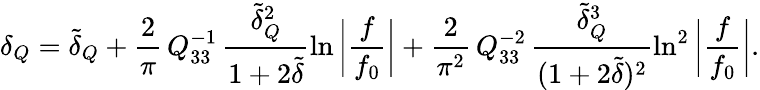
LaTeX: \delta_{Q}=\tilde{\delta}_{Q}+\frac{2}{\pi}\, Q_{33}^{-1}\, \frac{\tilde{\delta}_{Q}^{2}}{1+2\tilde{\delta}}\ln{\bigg|\frac{f}{f_{0}}\bigg|}+\frac{2}{\pi^{2}}\, Q_{33}^{-2}\, \frac{\tilde{\delta}_{Q}^{3}}{(1+2\tilde{\delta})^{2}}\ln^{2}{\bigg|\frac{f}{f_{0}}\bigg|}.